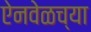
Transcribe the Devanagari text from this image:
ऐनवेळच्या